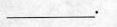
______________________。